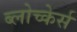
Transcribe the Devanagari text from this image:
ब्लोच्केर्स